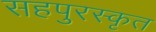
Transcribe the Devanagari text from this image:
सहपुरस्कृत